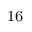
^ \mathrm { 1 6 }